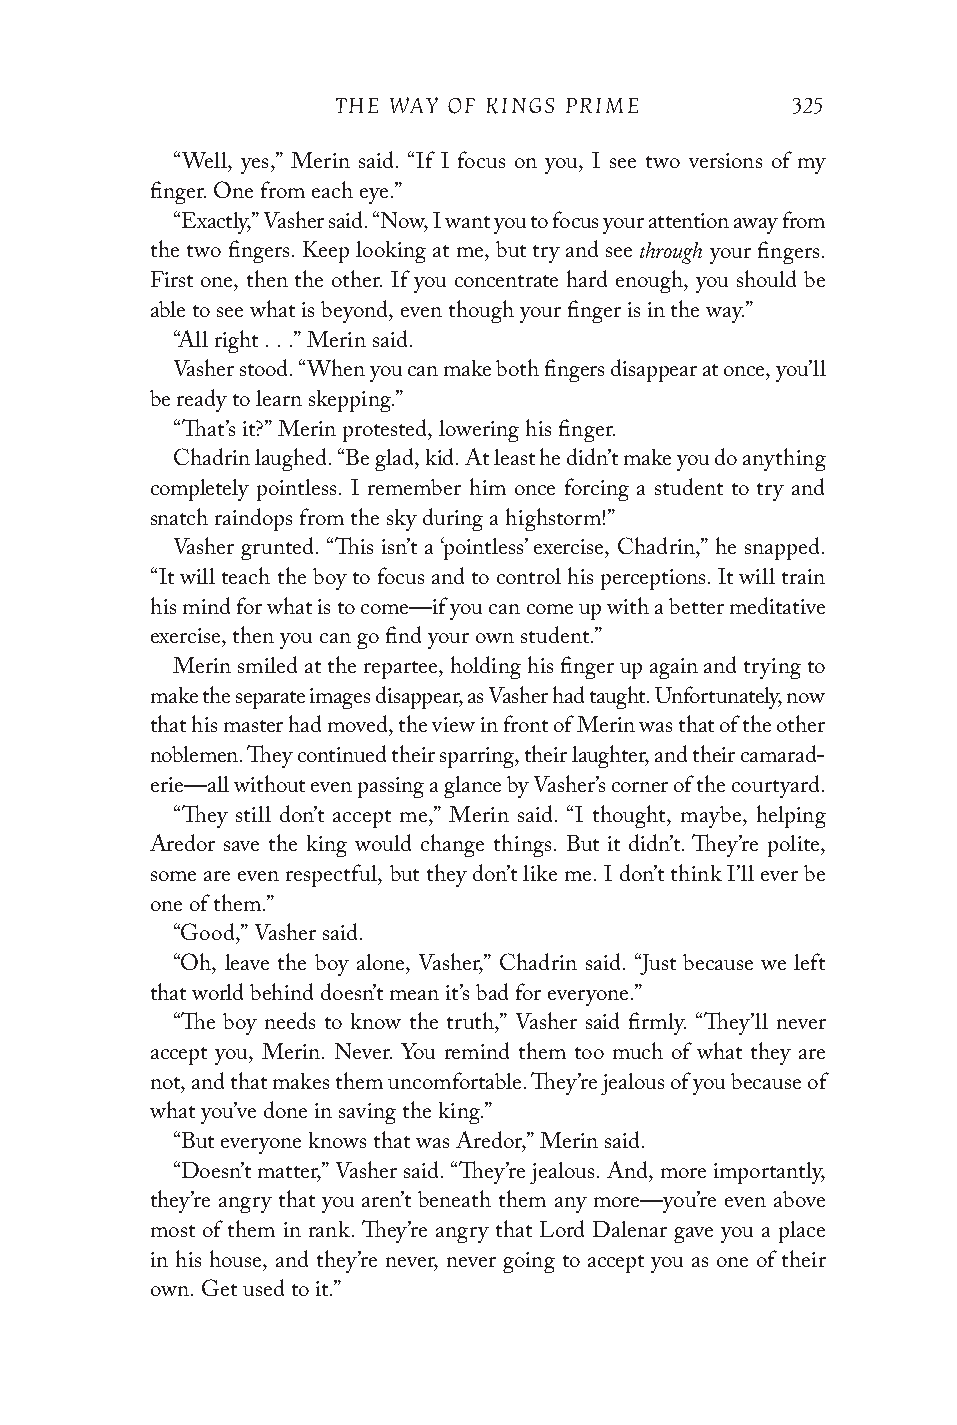
THE WAY OF KINGS PRIME        325
 “Well, yes,” Merin said. “If I focus on you, I see two versions of my
 finger. One from each eye.”
 “Exactly,” Vasher said. “Now, I want you to focus your attention away from
 through
 the two fingers. Keep looking at me, but try and see your fingers.
 First one, then the other. If you concentrate hard enough, you should be
 able to see what is beyond, even though your finger is in the way.”
 “All right . . .” Merin said.
 Vasher stood. “When you can make both fingers disappear at once, you’ll
 be ready to learn skepping.”
 “That’s it?” Merin protested, lowering his finger.
 Chadrin laughed. “Be glad, kid. At least he didn’t make you do anything
 completely pointless. I remember him once forcing a student to try and
 snatch raindops from the sky during a highstorm!”
 Vasher grunted. “This isn’t a ‘pointless’ exercise, Chadrin,” he snapped.
 “It will teach the boy to focus and to control his perceptions. It will train
 his mind for what is to come—if you can come up with a better meditative
 exercise, then you can go find your own student.”
 Merin smiled at the repartee, holding his finger up again and trying to
 make the separate images disappear, as Vasher had taught. Unfortunately, now
 that his master had moved, the view in front of Merin was that of the other
 noblemen. They continued their sparring, their laughter, and their camarad-
 erie—all without even passing a glance by Vasher’s corner of the courtyard.
 “They still don’t accept me,” Merin said. “I thought, maybe, helping
 Aredor save the king would change things. But it didn’t. They’re polite,
 some are even respectful, but they don’t like me. I don’t think I’ll ever be
 one of them.”
 “Good,” Vasher said.
 “Oh, leave the boy alone, Vasher,” Chadrin said. “Just because we left
 that world behind doesn’t mean it’s bad for everyone.”
 “The boy needs to know the truth,” Vasher said firmly. “They’ll never
 accept you, Merin. Never. You remind them too much of what they are
 not, and that makes them uncomfortable. They’re jealous of you because of
 what you’ve done in saving the king.”
 “But everyone knows that was Aredor,” Merin said.
 “Doesn’t matter,” Vasher said. “They’re jealous. And, more importantly,
 they’re angry that you aren’t beneath them any more—you’re even above
 most of them in rank. They’re angry that Lord Dalenar gave you a place
 in his house, and they’re never, never going to accept you as one of their
 own. Get used to it.”